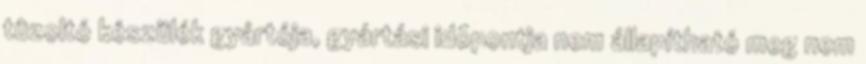
tûzoltó készülék gyártója, gyártási idõpontja nem állapítható meg nem